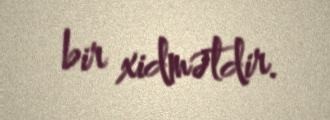
bir xidmətdir.